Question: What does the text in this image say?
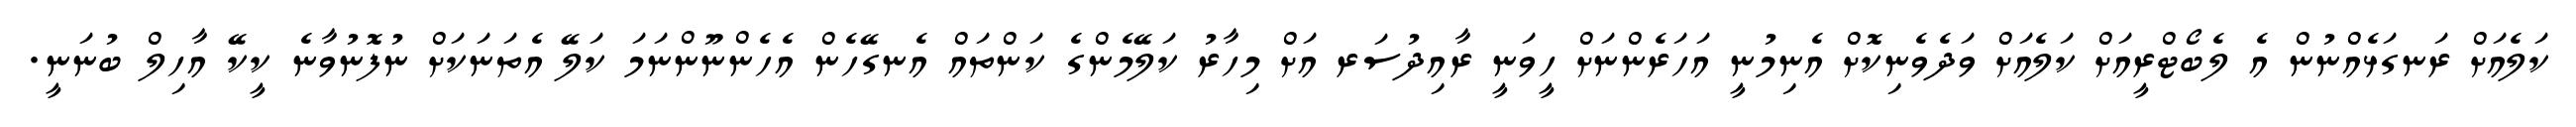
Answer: ކަލެއަށް ރަނގަޅެއްނުން އެ ލެބޯޓްރީއަށް ކަލެއަށް ވަދެވެނިކޮށް އެނިމުނީ އަހަރެންނަށް ހީވަނީ ރާއިދުސަރ އަށް މިހާރު ކަލޭމެންގެ ކަންތައް އެނގޭހެން އެހެންނޫންނަމަ ކަލޭ އެތަނަކަށް ނުފޮނުވާނެ ކީކޭ އާހިލް ބުނަނީ.